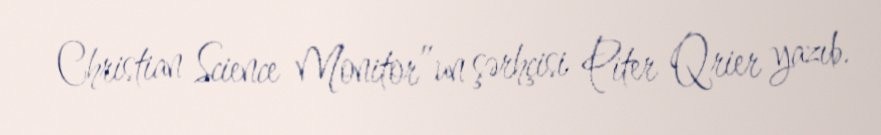
Christian Science Monitor”un şərhçisi Piter Qrier yazıb.